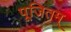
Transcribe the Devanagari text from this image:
पूजितम्